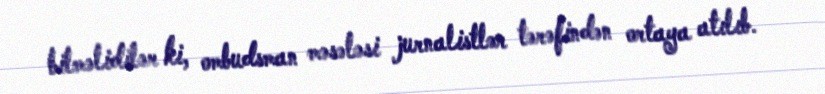
bilməlidilər ki, ombudsman məsələsi jurnalistlər tərəfindən ortaya atılıb.